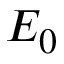
E _ { 0 }